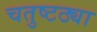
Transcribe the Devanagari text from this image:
चतुष्टठ्या